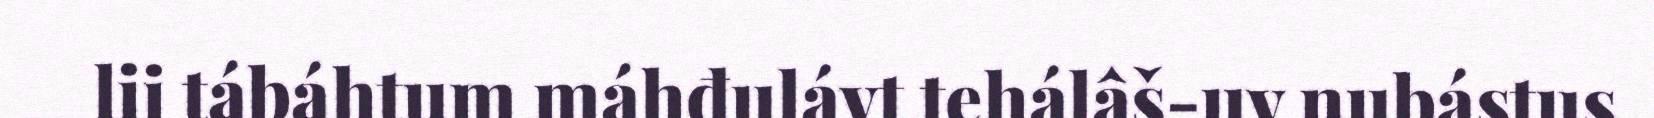
lii tábáhtum máhđulávt tehálâš-uv nubástus